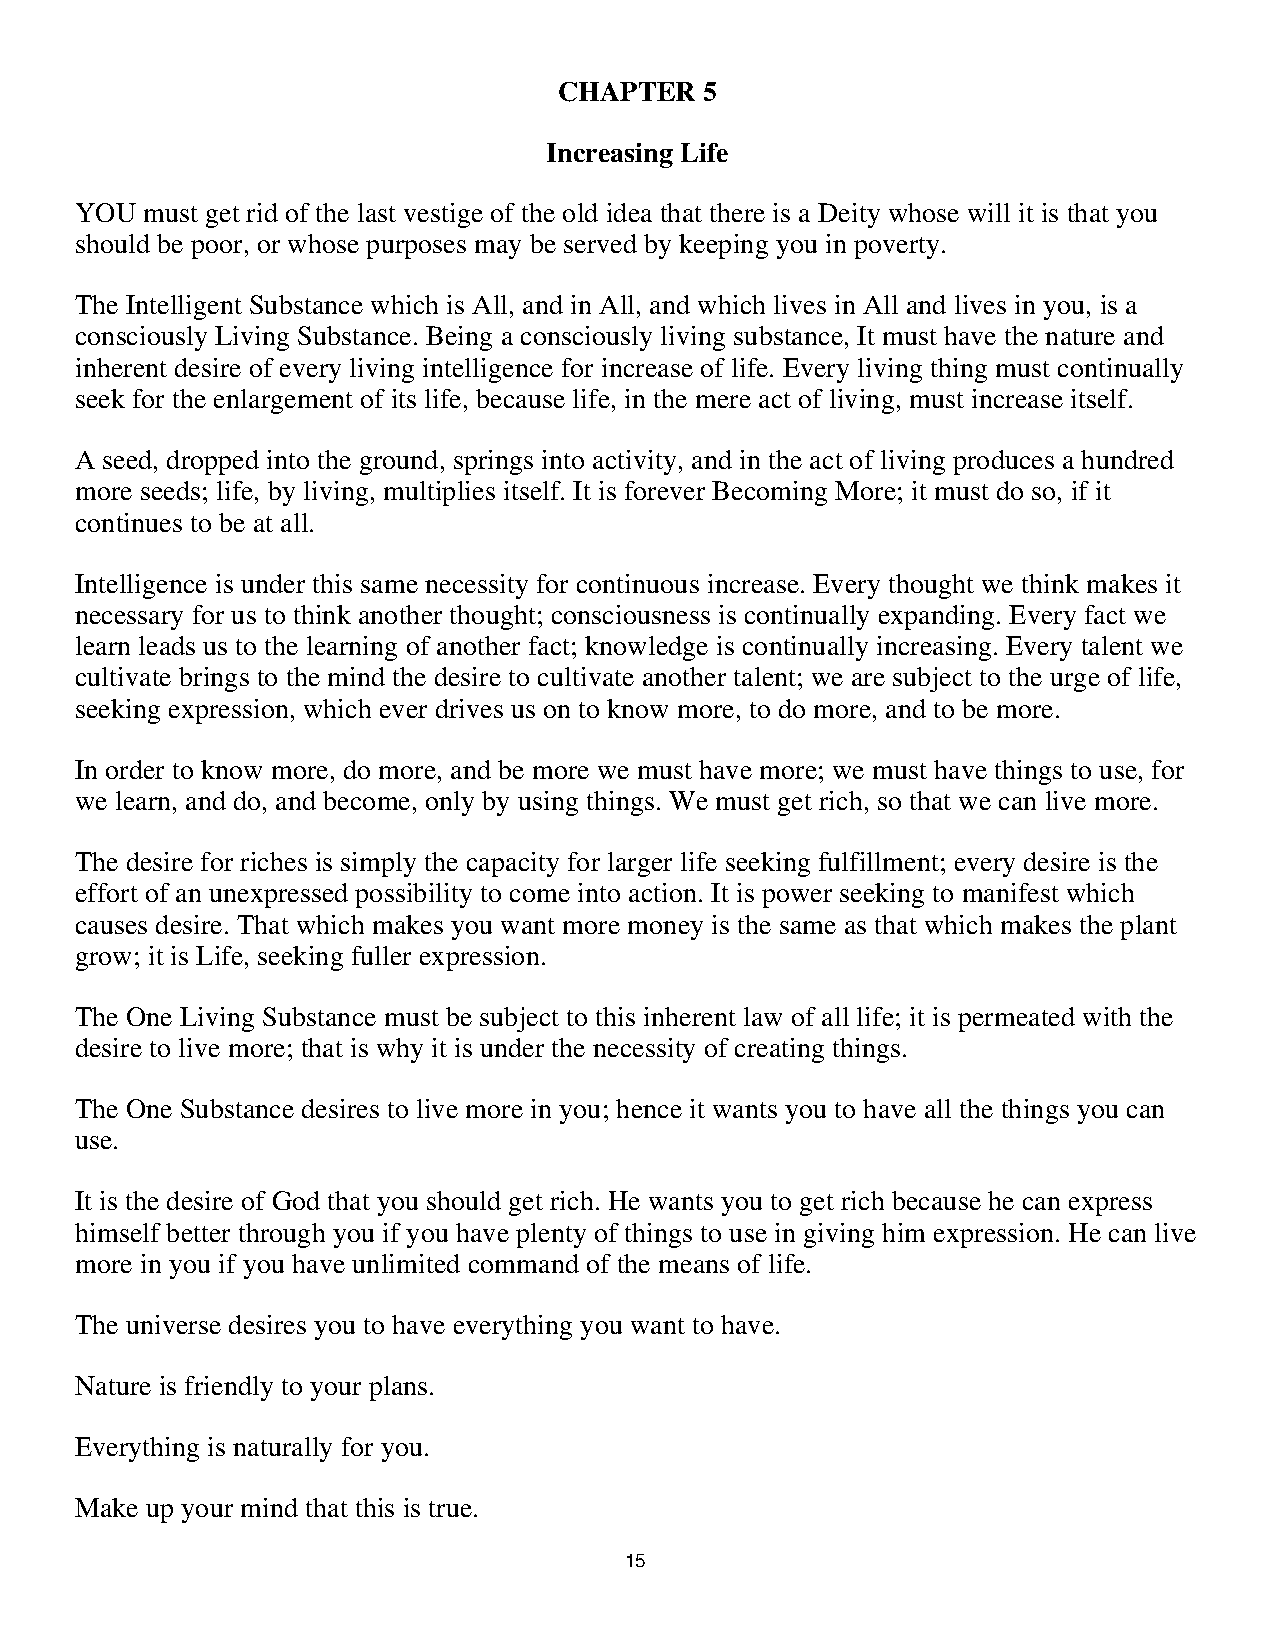
CHAPTER   5
 Increasing Life
 YOU must get rid of the last vestige of the old idea that there is a Deity whose will it is that you
 should be poor, or whose purposes may be served by keeping you in poverty.
 The Intelligent Substance which is All, and in All, and which lives in All and lives in you, is a
 consciously Living Substance. Being a consciously living substance, It must have the nature and
 inherent desire of every living intelligence for increase of life. Every living thing must continually
 seek for the enlargement of its life, because life, in the mere act of living, must increase itself.
 A seed, dropped into the ground, springs into activity, and in the act of living produces a hundred
 more seeds; life, by living, multiplies itself. It is forever Becoming More; it must do so, if it
 continues to be at all.
 Intelligence is under this same necessity for continuous increase. Every thought we think makes it
 necessary for us to think another thought; consciousness is continually expanding. Every fact we
 learn leads us to the learning of another fact; knowledge is continually increasing. Every talent we
 cultivate brings to the mind the desire to cultivate another talent; we are subject to the urge of life,
 seeking expression, which ever drives us on to know more, to do more, and to be more.
 In order to know more, do more, and be more we must have more; we must have things to use, for
 we learn, and do, and become, only by using things. We must get rich, so that we can live more.
 The desire for riches is simply the capacity for larger life seeking fulfillment; every desire is the
 effort of an unexpressed possibility to come into action. It is power seeking to manifest which
 causes desire. That which makes you want more money is the same as that which makes the plant
 grow; it is Life, seeking fuller expression.
 The One Living Substance must be subject to this inherent law of all life; it is permeated with the
 desire to live more; that is why it is under the necessity of creating things.
 The One Substance desires to live more in you; hence it wants you to have all the things you can
 use.
 It is the desire of God that you should get rich. He wants you to get rich because he can express
 himself better through you if you have plenty of things to use in giving him expression. He can live
 more in you if you have unlimited command of the means of life.
 The universe desires you to have everything you want to have.
 Nature is friendly to your plans.
 Everything is naturally for you.
 Make up your mind that this is true.
 1155